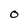
Character: O